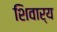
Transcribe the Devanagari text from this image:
शिवार्य